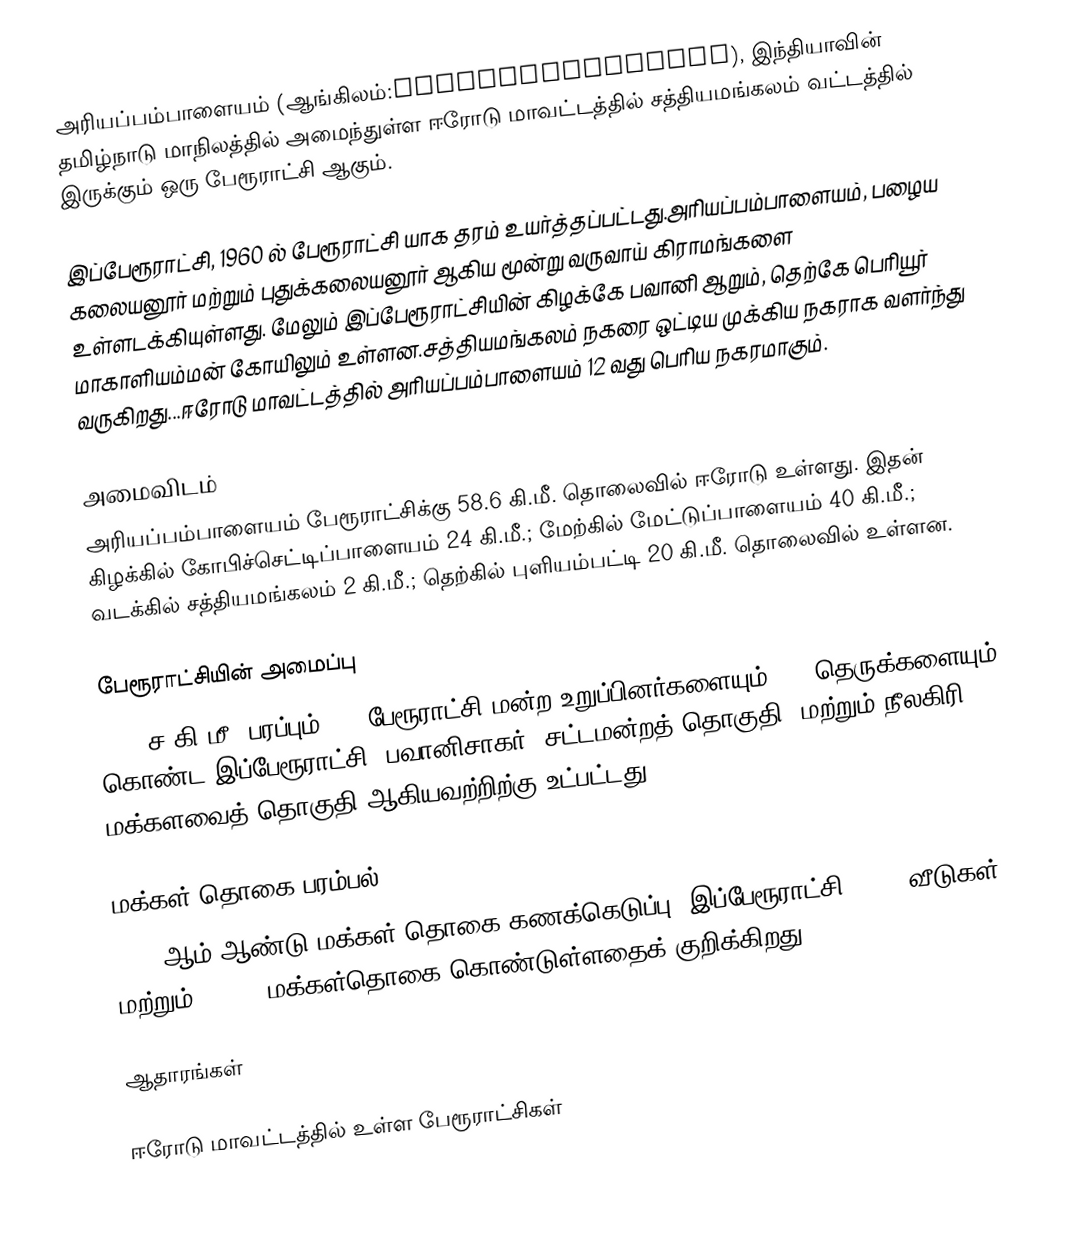
அரியப்பம்பாளையம் (ஆங்கிலம்:Ariyappampalayam), இந்தியாவின் தமிழ்நாடு மாநிலத்தில் அமைந்துள்ள ஈரோடு மாவட்டத்தில் சத்தியமங்கலம் வட்டத்தில் இருக்கும் ஒரு பேரூராட்சி ஆகும்.

இப்பேரூராட்சி, 1960 ல் பேரூராட்சி யாக தரம் உயர்த்தப்பட்டது.அரியப்பம்பாளையம், பழைய கலையனூர் மற்றும் புதுக்கலையனூர் ஆகிய மூன்று வருவாய் கிராமங்களை உள்ளடக்கியுள்ளது. மேலும் இப்பேரூராட்சியின் கிழக்கே பவானி ஆறும், தெற்கே பெரியூர் மாகாளியம்மன் கோயிலும் உள்ளன.சத்தியமங்கலம் நகரை ஒட்டிய முக்கிய நகராக வளர்ந்து வருகிறது...ஈரோடு மாவட்டத்தில் அரியப்பம்பாளையம் 12 வது பெரிய நகரமாகும்.

அமைவிடம்
அரியப்பம்பாளையம் பேரூராட்சிக்கு 58.6 கி.மீ. தொலைவில் ஈரோடு உள்ளது. இதன் கிழக்கில் கோபிச்செட்டிப்பாளையம் 24  கி.மீ.; மேற்கில் மேட்டுப்பாளையம் 40 கி.மீ.; வடக்கில் சத்தியமங்கலம் 2 கி.மீ.; தெற்கில் புளியம்பட்டி 20 கி.மீ. தொலைவில் உள்ளன.

பேரூராட்சியின் அமைப்பு
9.06 ச.கி.மீ. பரப்பும், 15 பேரூராட்சி மன்ற உறுப்பினர்களையும், 64 தெருக்களையும் கொண்ட இப்பேரூராட்சி, பவானிசாகர்   (சட்டமன்றத் தொகுதி) மற்றும் நீலகிரி மக்களவைத் தொகுதி ஆகியவற்றிற்கு உட்பட்டது.

மக்கள் தொகை பரம்பல்
2011-ஆம் ஆண்டு மக்கள் தொகை கணக்கெடுப்பு, இப்பேரூராட்சி 4,507 வீடுகள் மற்றும் 15,706 மக்கள்தொகை கொண்டுள்ளதைக் குறிக்கிறது.

ஆதாரங்கள்

ஈரோடு மாவட்டத்தில் உள்ள பேரூராட்சிகள்